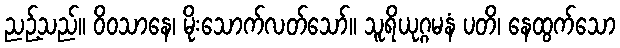
ညဉ့်သည်။ ဝိဝသာနေ၊ မိုးသောက်လတ်သော်။ သူရိယုဂ္ဂမနံ ပတိ၊ နေထွက်သော